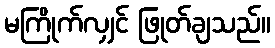
မကြိုက်လျှင် ဖြုတ်ချသည်။